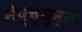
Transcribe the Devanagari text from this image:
नेप्च्युन्स